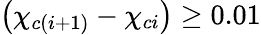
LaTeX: \left(\chi_{c(i+1)}-\chi_{ci}\right)\geq 0.01